Scottish Leaving Certificate Examination, 1954
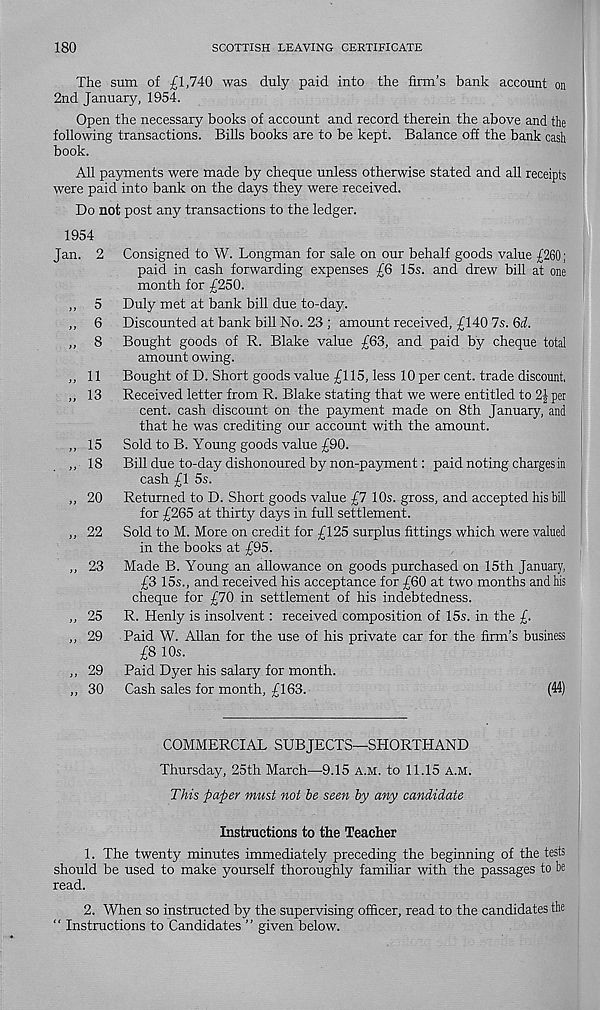
180
SCOTTISH LEAVING CERTIFICATE
The sum of £1,740 was duly paid into the firm’s bank account on
2nd January, 1954.
Open the necessary books of account and record therein the above and the
following transactions. Bills books are to be kept. Balance off the bank cash
book.
All payments were made by cheque unless otherwise stated and all receipts
were paid into bank on the days they were received.
Do not post any transactions to the ledger.
1954
Jan. 2 Consigned to W. Longman for sale on our behalf goods value £260;
paid in cash forwarding expenses £6 15s. and drew bill at one
month for £250.
„ 5 Duly met at bank bill due to-day.
„ 6 Discounted at bank bill No. 23 ; amount received, £140 7s. Qd.
,, 8 Bought goods of R. Blake value £63, and paid by cheque total
amount owing.
,, 11 Bought of D. Short goods value £115, less 10 per cent, trade discount.
„ 13 Received letter from R. Blake stating that we were entitled to 2} per
cent, cash discount on the payment made on 8th January, and
that he was crediting our account with the amount.
„ 15 Sold to B. Young goods value £90.
„ 18 Bill due to-day dishonoured by non-payment: paid noting charges in
cash £1 5s.
,, 20 Returned to D. Short goods value £7 10s. gross, and accepted his bill
for £265 at thirty days in full settlement.
,, 22 Sold to M. More on credit for £125 surplus fittings which were valued
in the books at £95.
,, 23 Made B. Young an allowance on goods purchased on 15th January,
£3 15s., and received his acceptance for £60 at two months and his
cheque for £70 in settlement of his indebtedness.
,, 25 R. Henly is insolvent: received composition of 15s. in the £.
,, 29 Paid W. Allan for the use of his private car for the firm’s business
£8 10s.
,, 29 Paid Dyer his salary for month.
,, 30 Cash sales for month, £163.
(44)
COMMERCIAL SUBJECTS—SHORTHAND
Thursday, 25th March—9.15 a.m. to 11.15 A.M.
This paper must not be seen by any candidate
Instructions to the Teacher
1. The twenty minutes immediately preceding the beginning of the tests
should be used to make yourself thoroughly familiar with the passages to be
read.
2. When so instructed by the supervising officer, read to the candidates the
“ Instructions to Candidates ” given below.